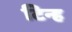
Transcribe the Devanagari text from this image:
टिन्ह